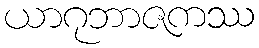
ယာဂုဘာဇကဿ